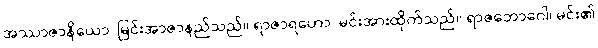
အဿာဇာနိယော၊ မြင်းအာဇာနည်သည်။ ရာဇာရဟော၊ မင်းအားထိုက်သည်။ ရာဇဘောဂေါ၊ မင်း၏